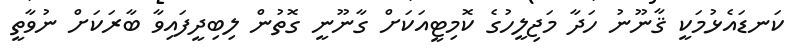
ކަނޑައެޅުމަކީ ޤާނޫނު ހަދާ މަޖިލީހުގެ ކޮމިޓީއަކަށް ގާނޫނީ ގޮތުން ލިބިދީފައިވާ ބާރަކަށް ނުވާތީ